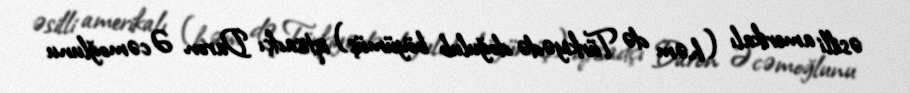
əsilli amerikalı (həm də Türkiyədə doğulub böyümüş) iqtisadçı Daron Əcəmoğlunu